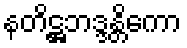
နတိဋ္ဌဘဒ္ဒန္တိကော